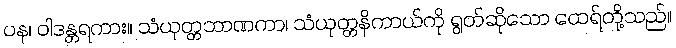
ပန၊ ဝါဒန္တရကား။ သံယုတ္တဘာဏကာ၊ သံယုတ္တနိကာယ်ကို ရွတ်ဆိုသော ထေရ်တို့သည်။